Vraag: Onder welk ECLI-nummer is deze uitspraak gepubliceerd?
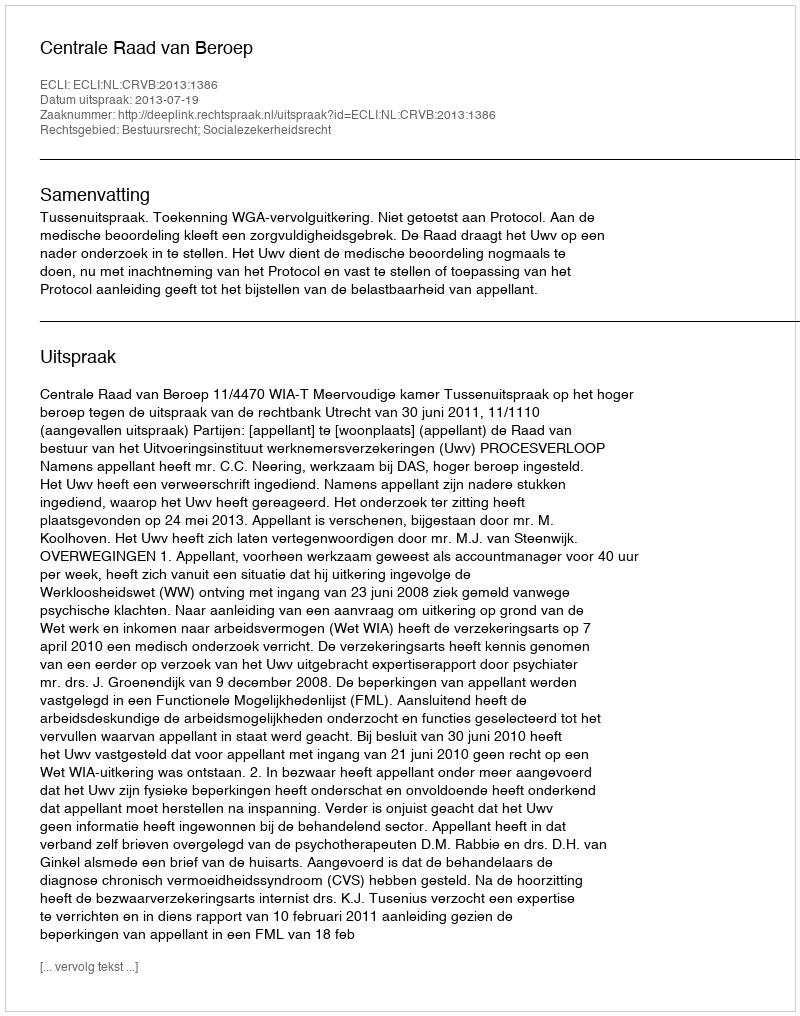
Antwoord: ECLI:NL:CRVB:2013:1386